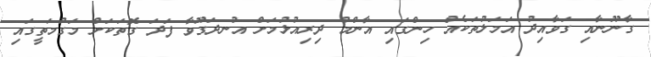
ގާނޫނާއި ގަވާއިދު އަމަލުތަކެއް ހިންގައި އާންމު ދިރިއުޅުމަށް އުނދަގޫވާ ފަދަ ގޮތަކަށް މަގުމަތީގައި